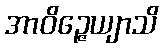
အာဝိဉ္ဇေယျာသိ